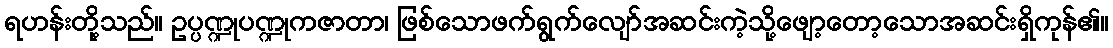
ရဟန်းတို့သည်။ ဥပ္ပဏ္ဍုပဏ္ဍုကဇာတာ၊ ဖြစ်သောဖက်ရွက်လျော်အဆင်းကဲ့သို့ဖျော့တော့သောအဆင်းရှိကုန်၏။